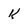
Character: k